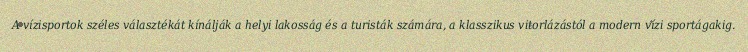
A vízisportok széles választékát kínálják a helyi lakosság és a turisták számára, a klasszikus vitorlázástól a modern vízi sportágakig.